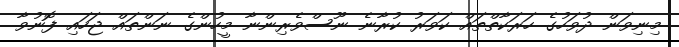
މިނިވަން ދުވަހުގެ ހަރަކާތްތައް ކަވަރު ކުރާނެ ނޫސްވެރިންނާ މީހުންގެ ނަންތައް ޖަހައި ފޮނުވާ